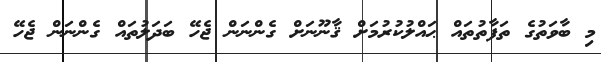
މި ބާވަތުގެ ތަފާތުތައް ޙައްލުކުރުމަށް ޤާނޫނަށް ގެންނަން ޖެހޭ ބަދަލުތައް ގެންނަން ޖެހޭ